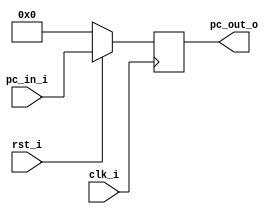
//Subject:     CO project 2 - PC
//--------------------------------------------------------------------------------
//Version:     1
//--------------------------------------------------------------------------------
//Writer:      Luke
//----------------------------------------------
//Date:        
//----------------------------------------------
//Description: 
//--------------------------------------------------------------------------------
`timescale 1ns/1ps
module ProgramCounter(
    clk_i,
	rst_i,
	pc_in_i,
	pc_out_o
	);
     
//I/O ports
input           clk_i;
input	        rst_i;
input  [32-1:0] pc_in_i;
output [32-1:0] pc_out_o;
 
//Internal Signals
reg    [32-1:0] pc_out_o;
 
//Parameter

    
//Main function
always @(posedge clk_i) begin
    if(~rst_i)
	    pc_out_o <= 0;
	else
	    pc_out_o <= pc_in_i;
end

endmodule